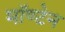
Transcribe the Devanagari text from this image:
मॉण्टेन